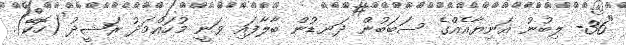
"36- ލިބުނު އަނިޔާއެއްގެ ސަބަބުން ދަނޑުން ބާލާފައި ވަނީ މުހައްމަދު ރަޝީދު (ހޮކޭ).